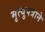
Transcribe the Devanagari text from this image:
मृत्युपत्राने